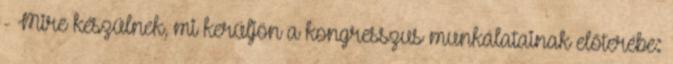
- Mire készülnek, mi kerüljön a kongresszus munkálatainak előterébe: